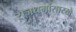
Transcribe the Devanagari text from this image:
राजधर्मासारखे